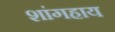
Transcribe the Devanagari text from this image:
शांगहाय